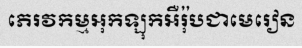
ភេរវកម្មអុកឡុកអឺរ៉ុបជាមេរៀន